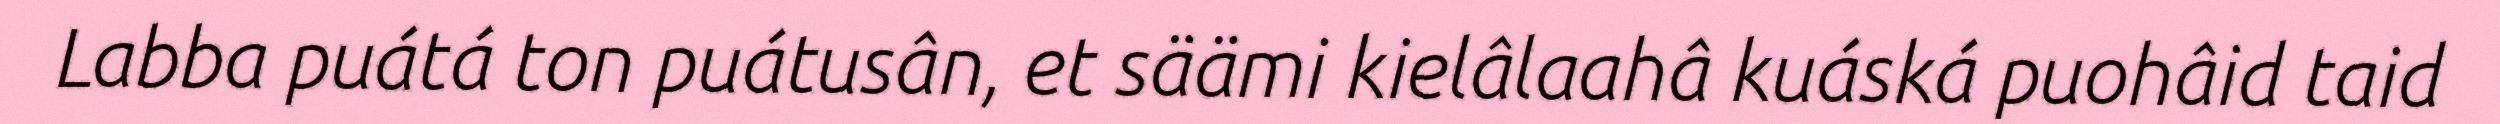
Labba puátá ton puátusân, et säämi kielâlaahâ kuáská puohâid taid